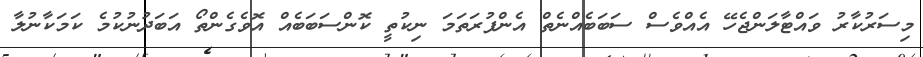
މިސަރުކާރު ވައްޓާލަންޖެހޭ އެއްވެސް ސަބަބެއްނެތް އެންފުރަތަމަ ނިކުތީ ކޮންސަބަބެއް އޮވެގެންތޯ އަބަދުނުކުމެ ކަމަކާނުލާ